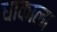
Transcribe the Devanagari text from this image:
धाकाला